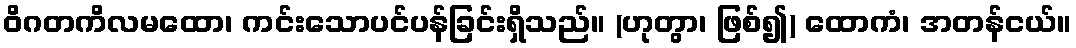
ဝိဂတကိလမထော၊ ကင်းသောပင်ပန်ခြင်းရှိသည်။ (ဟုတွာ၊ ဖြစ်၍) ထောကံ၊ အတန်ငယ်။